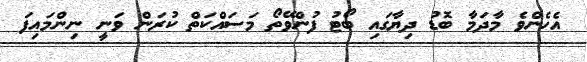
އެހެންވެ މާދަމާ ބޮޑު ދިޔާގައި ބޯޓު ފުންވޭތޯ މަސައްކަތް ކުރަން ވަނީ ނިންމައިފަ